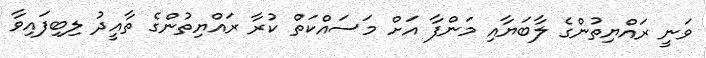
ވަނީ ރައްޔިތުންގެ ލާބަޔާއި މަންފާ އަށް މަސައްކަތް ކުރާ ރައްޔިތުންގެ ތާއީދު ލިބިފައިވާ